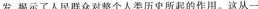
发，揭示了人民群众对整个人类历史所起的作用。这从一